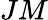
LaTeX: JM